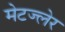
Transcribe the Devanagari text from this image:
मेटज्लेर